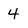
Character: 4